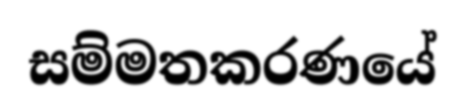
සම්මතකරණයේ